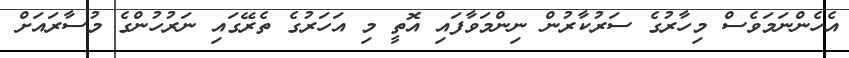
އެހެންނަމަވެސް މިހާރުގެ ސަރުކާރުން ނިންމަވާފައި އޮތީ މި އަހަރުގެ ތެރޭގައި ނަރުހުންގެ މުސާރައަށް